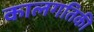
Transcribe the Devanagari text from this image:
कालगतिकी